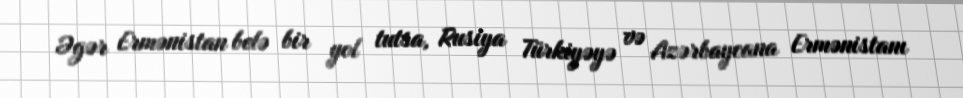
Əgər Ermənistan belə bir yol tutsa, Rusiya Türkiyəyə və Azərbaycana Ermənistanı